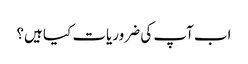
اب آپ کی ضروریات کیا ہیں؟